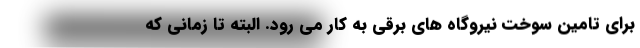
برای تامین سوخت نیروگاه های برقی به کار می رود. البته تا زمانی که